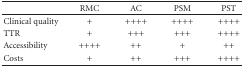
|  | RMC | AC | PSM | PST |
 | --- | --- | --- | --- | --- |
 | Clinical quality | + | ++++ | ++++ | ++++ |
 | TTR | + | +++ | +++ | ++++ |
 | Accessibility | ++++ | ++ | + | ++ |
 | Costs | + | ++ | +++ | ++++ |